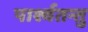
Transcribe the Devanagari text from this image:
पार्श्वतन्तु